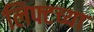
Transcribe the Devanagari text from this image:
लिफ्टच्या